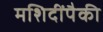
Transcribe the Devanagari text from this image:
मशिदींपैकी